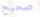
صحيح